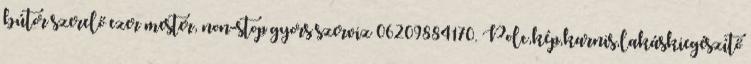
bútor szerelő ezer mester, non-stop gyors szerviz 06209884170. Polc,kép,karnis,lakáskiegészítő